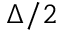
\Delta / 2